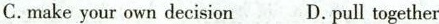
C.make your own decision D. pull together